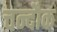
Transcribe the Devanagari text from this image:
चन्दौक